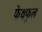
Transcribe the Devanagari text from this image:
फेथफुल